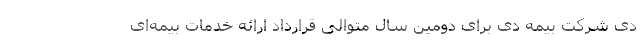
دی شرکت بیمه دی برای دومین سال متوالی قرارداد ارائه خدمات بیمه‌ای